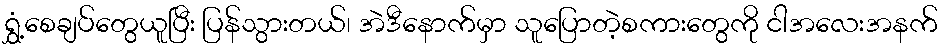
ရွှံ့စေချပ်တွေယူပြီး ပြန်သွားတယ်၊ အဲဒီနောက်မှာ သူပြောတဲ့စကားတွေကို ငါအလေးအနက်